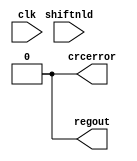
module  maxii_crcblock (
    clk,
    shiftnld,
    crcerror,
    regout);
input clk;
input shiftnld;
output crcerror;
output regout;
assign crcerror = 1'b0;
assign regout = 1'b0;
parameter oscillator_divider = 1;
parameter lpm_type = "maxii_crcblock";
endmodule